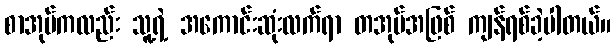
စာအုပ်ကလည်း သူ့ရဲ့ အကောင်းဆုံးလက်ရာ တအုပ်အဖြစ် ကျန်ရစ်ခဲ့ပါတယ်။